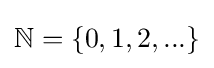
\mathbb {N} =\{0,1,2,...\}